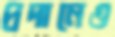
প্রদানেও